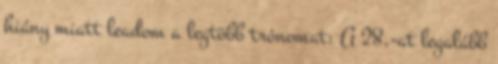
hiány miatt leadom a legtöbb trónomat: A 28.-at legalább